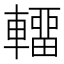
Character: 𰹤